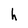
Character: k